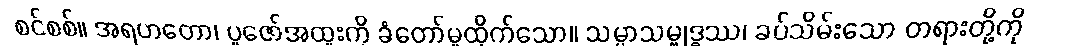
စင်စစ်။ အရဟတော၊ ပူဇော်အထူးကို ခံတော်မူထိုက်သော။ သမ္မာသမ္ဗုဒ္ဓဿ၊ ခပ်သိမ်းသော တရားတို့ကို